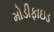
મોડીફાઇડ